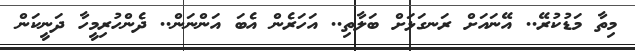
މިތާ މަޑުކުރޭ.. އޭނައަށް ރަނގަޅަށް ބަލާތި.. އަހަރެން އެބަ އަންނަން.. ދެންހުރިމީހާ ދަނީކަން